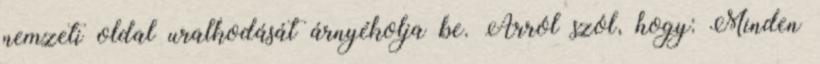
nemzeti oldal uralkodását árnyékolja be. Arról szól, hogy: Minden